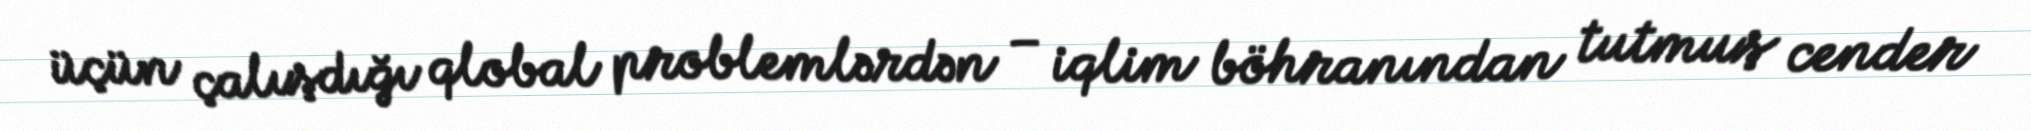
üçün çalışdığı qlobal problemlərdən – iqlim böhranından tutmuş cender